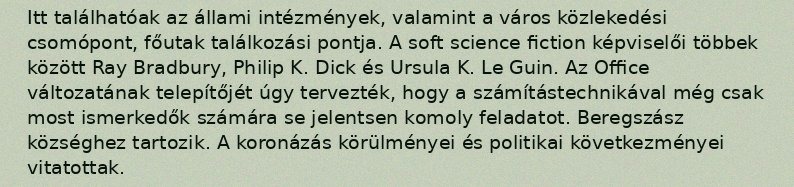
Itt találhatóak az állami intézmények, valamint a város közlekedési csomópont, főutak találkozási pontja. A soft science fiction képviselői többek között Ray Bradbury, Philip K. Dick és Ursula K. Le Guin. Az Office változatának telepítőjét úgy tervezték, hogy a számítástechnikával még csak most ismerkedők számára se jelentsen komoly feladatot. Beregszász községhez tartozik. A koronázás körülményei és politikai következményei vitatottak.